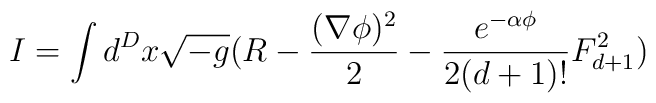
I=\int d^{D}x\sqrt{-g} (R-\frac{(\nabla \phi)^2}{2} -\frac{e^{-\alpha \phi}}{2(d+1)!}F^{2}_{d+1})